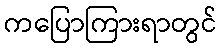
ကပြောကြားရာတွင်